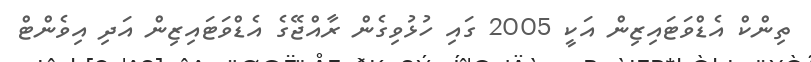
ތިންކް އެޑްވަޓައިޒިން އަކީ 2005 ގައި ހުޅުވިގެން ރާއްޖޭގެ އެޑްވަޓައިޒިން އަދި އިވެންޓް